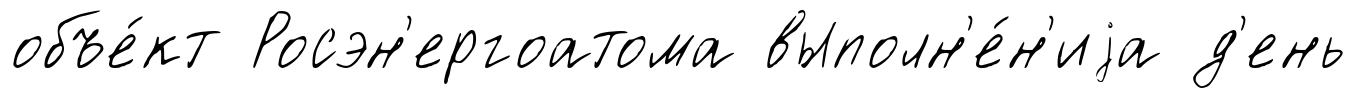
объе́кт Росэн'ергоатома выполн'е́н'иjа д'ень